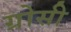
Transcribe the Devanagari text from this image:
ग्रोसी